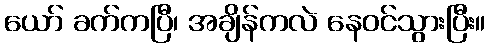
ယော် ခက်ကပြီ၊ အချိန်ကလဲ နေဝင်သွားပြီး။